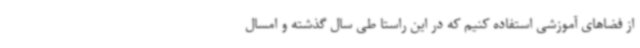
از فضاهای آموزشی استفاده کنیم که در این راستا طی سال گذشته و امسال